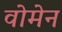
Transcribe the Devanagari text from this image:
वोमेन